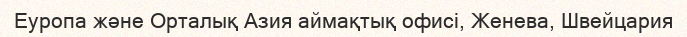
Еуропа және Орталық Азия аймақтық офисі, Женева, Швейцария